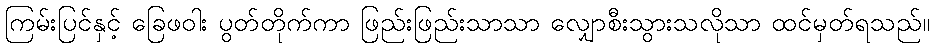
ကြမ်းပြင်နှင့် ခြေဖဝါး ပွတ်တိုက်ကာ ဖြည်းဖြည်းသာသာ လျှောစီးသွားသလိုသာ ထင်မှတ်ရသည်။